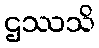
ဌဿသိ